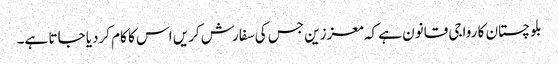
بلوچستان کا رواجی قانون ہے کہ معززین جس کی سفارش کریں اس کا کام کردیا جاتا ہے۔